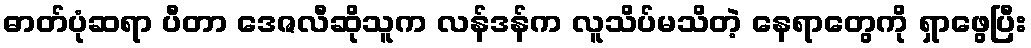
ဓာတ်ပုံဆရာ ပီတာ ဒေဇလီဆိုသူက လန်ဒန်က လူသိပ်မသိတဲ့ နေရာတွေကို ရှာဖွေပြီး